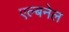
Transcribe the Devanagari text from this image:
एल्बनेल